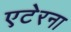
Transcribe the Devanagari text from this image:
एटेरना